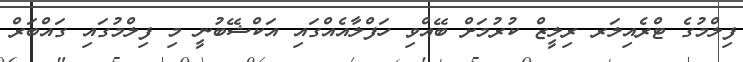
ފިލްމުގެ ޓްރެއިލަރ ރިލީޒް ކުރުމަށް ބޭއްވި ހަފްލާއެއްގައި އަކްޝޭބުނީ މި ފިލްމުގައި ގައްބަރް